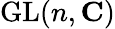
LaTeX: \operatorname{GL}(n,\mathbf{C})